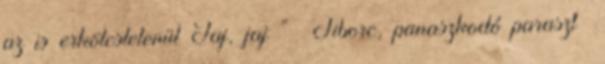
az is erkölcstelenül Jaj, jaj ” Tiborc, panaszkodó paraszt